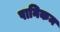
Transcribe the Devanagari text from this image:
पानिकम